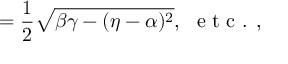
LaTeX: = \frac { 1 } { 2 } \sqrt { \beta \gamma - ( \eta - \alpha ) ^ { 2 } } , \ \textrm { e t c . , }